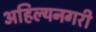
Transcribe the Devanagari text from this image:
अहिल्यनगरी